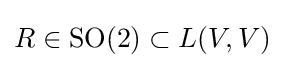
R\in {\text{SO}}(2)\subset L(V,V)